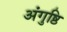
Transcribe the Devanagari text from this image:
अंगुष्ठि